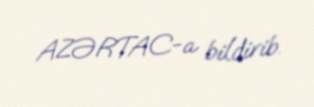
AZƏRTAC-a bildirib.